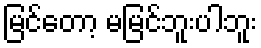
မြင်တော့ မမြင်ဘူးပါဘူး